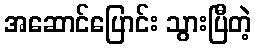
အဆောင်ပြောင်း သွားပြီတဲ့